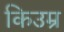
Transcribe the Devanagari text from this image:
किउम्र